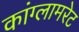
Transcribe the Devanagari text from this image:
कांग्लामरेट